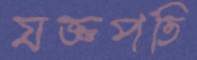
যজ্ঞপতি